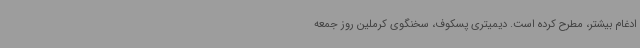
ادغام بیشتر، مطرح کرده است. دیمیتری پسکوف، سخنگوی کرملین روز جمعه